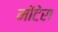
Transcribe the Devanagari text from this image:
मोंटेरा